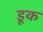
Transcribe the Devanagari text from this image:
डूक